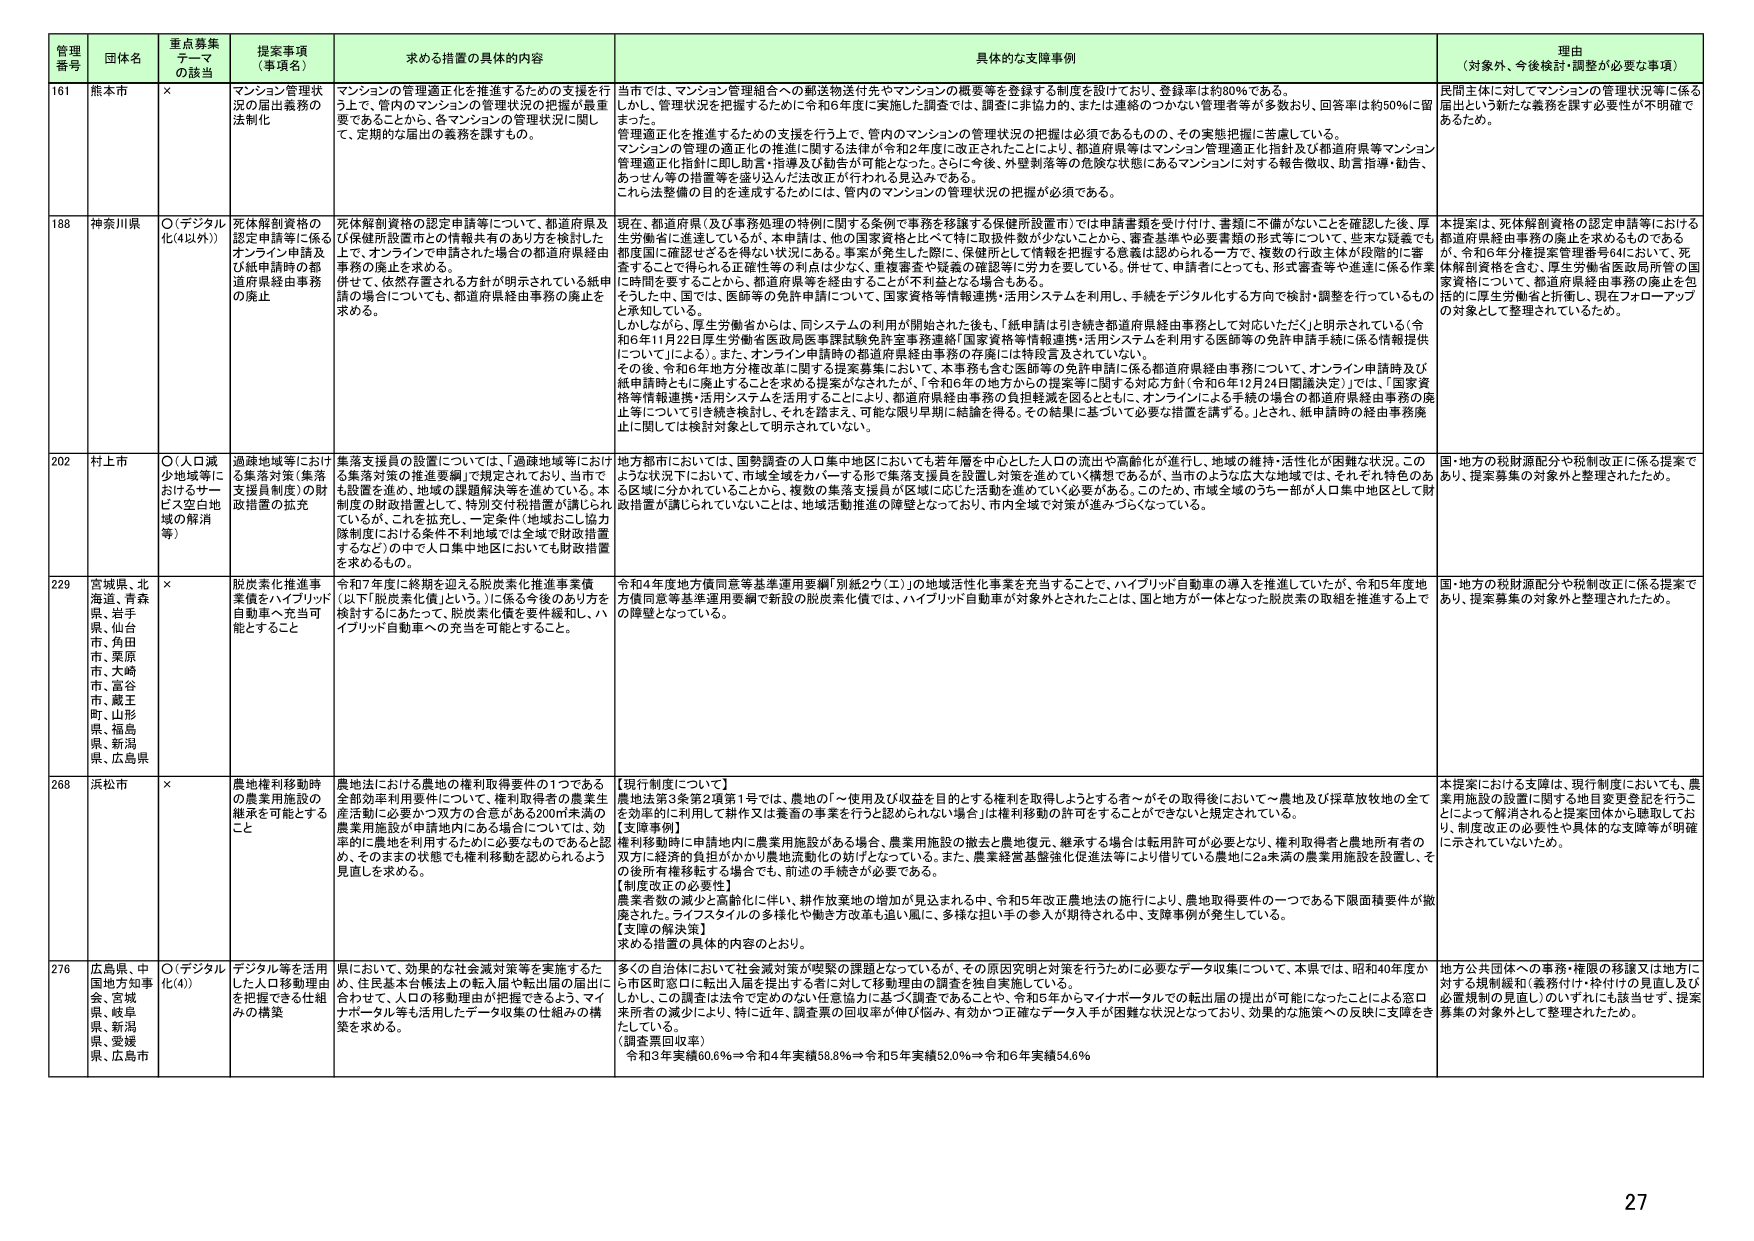
管理番号 団体名 重点募集テーマの該当 提案事項（事項名） 求める措置の具体的内容 具体的な支援事例 理由（対象外、今後検討・調整が必要な事項）

161 熊本市 × マンション管理状況の届出義務の法制化 マンションの管理適正化を推進するための支援を行う上で、管内のマンションの管理状況の把握が重要であることから、各マンションの管理状況に関し、定期的な届出の義務を課すもの。 当市では、マンション管理組合への郵送物送付先やマンションの概要等を登録する制度を設けており、登録率は約80％である。しかし、管理状況を把握するために令和6年度に実施した調査では、調査に非協力的、または連絡のつかない管理者等が多数おり、回答率は約50％に留まった。管理適正化を推進するための支援を行う上で、管内のマンションの管理状況の把握は必須であるものの、その実態把握に苦慮している。マンションの管理の適正化の推進に関する法律が令和2年度に改正されたことにより、都道府県等はマンション管理適正化指針及び都道府県等マンション管理適正化指針に即し助言・指導及び勧告が可能となった。さらに今後、外壁剥落等の危険な状態にあるマンションに対する報告徴収、助言指導・勧告、あっせん等の措置等を盛り込んだ法改正が行われる見込みである。これら法整備の目的を達成するためには、管内のマンションの管理状況の把握が必須である。 民間主体に対してマンションの管理状況等に係る届出という新たな義務を課す必要性が不明確であるため。

188 神奈川県 ○（デジタル化(4以外)） 死体解剖資格の認定申請等に係るオンライン申請及び紙申請時の都道府県経由事務の廃止 死体解剖資格の認定申請等について、都道府県及び保健所設置市との情報共有のあり方を検討した上で、オンラインで申請された場合の都道府県経由事務の廃止を求める。併せて、依然放置される方針が明示されている紙申請の場合についても、都道府県経由事務の廃止を求める。 現在、都道府県（及び事務処理の特例に関する条例で事務を移譲する保健所設置市）では申請書類を受け付け、書類に不備がないことを確認した後、厚生労働省に連達しているが、本申請は、他の国家資格と比べて特に取扱件数が少ないことから、審査基準や必要書類の形式等について、些末な疑義でも都道県に確認せざるを得ない状況にある。事案が発生した際に、保健所として情報を把握する意義は認められる一方で、複数の行政主体が段階的に審査することで得られる正確性等の利点は少なく、書類審査や疑義の確認等に労力を要している。併せて、申請者にとっても、形式審査等や連達に係る作業に時間を要することから、都道府県等を経由することが不利益となる場合もある。そうした中、国では、医師等の免許申請について、国家資格等情報連携・活用システムを利用し、手続きをデジタル化する方向で検討・調整を行っているものと承知している。しかしながら、厚生労働省からは、同システムの利用が開始された後も、「紙申請は引き続き都道府県経由事務として対応いただく」と明示されている（令和6年11月22日厚生労働省医政局医事課試験免許室事務連絡「国家資格等情報連携・活用システムを利用する医師等の免許申請に係る情報提供について」による）。また、オンライン申請時の都道府県経由事務に係る特段言及されていない。その後、令和6年地方分権改革に関する提案募集において、本事務も含む医師等の免許申請に係る都道府県経由事務について、オンライン申請時及び紙申請時ともに廃止することを求める提案がなされたが、「令和6年の地方からの提案等に関する対応方針（令和6年12月24日閣議決定）」では、「国家資格等情報連携・活用システムを活用することにより、都道府県経由事務の負担軽減を図るとともに、オンラインによる手続の導入の都道府県経由事務の廃止等について引き続き検討し、それを踏まえ、可能な限り早期に結論を得る。その結果に基づいて必要な措置を講ずる。」とされ、紙申請時の経由事務廃止に関しては検討対象として明示されていない。 本提案は、死体解剖資格の認定申請等における都道府県経由事務の廃止を求めるものであるが、令和6年分権提案管理番号64において、死体解剖資格を含む、厚生労働省医政局所管の国家資格について、都道府県経由事務の廃止を包括的に厚生労働省と折衝し、現在フォローアップの対象として整理されているため。

202 村上市 ○（人口減少地域等におけるサービス空白地域の解消等） 過疎地域等における集落対策（集落支援員制度）の財政措置の拡充 集落支援員の設置については、「過疎地域等における集落対策の推進要綱」で規定されており、当市でも設置を進め、地域の課題解決等を進めている。本制度の財政措置として、特別交付税措置が講じられているが、これを拡充し、一定条件（地域おこし協力隊制度における条件不利地域では全域で財政措置するなど）の中で人口集中地区においても財政措置を求めるもの。 地方都市においては、国勢調査の人口集中地区においても若年層を中心とした人口の流出や高齢化が進行し、地域の維持・活性化が困難な状況。このような状況下において、市域全域をカバーする形で集落支援員を設置し対策を進めていく構想であるが、当市のような広大な地域では、それぞれ特色のある区域に分かれていることから、複数の集落支援員が地域に応じた活動を進めていく必要がある。このため、市域全域のうち一部が人口集中地区として財政措置が講じられていないことは、地域活動推進の障壁となっており、市内全域で対策が進みづらくなっている。 国・地方の税財源配分や税制改正に係る提案であり、提案募集の対象外と整理されたため。

229 宮城県、北海道、青森県、岩手県、仙台市、角田市、栗原市、大崎市、富谷市、蔵王町、山形県、福島県、新潟県、広島県 × 脱炭素化推進事業備をハイブリッド自動車へ充当可能とすること 令和7年度に終期を迎える脱炭素化推進事業備（以下「脱炭素化備」という。）に係る今後のあり方を検討するにあたって、脱炭素化備を要件緩和し、ハイブリッド自動車への充当を可能とすること。 令和4年度地方債同意等基準運用要綱「別紙2ウ（エ）」の地域活性化事業を充当することで、ハイブリッド自動車の導入を推進していたが、令和5年度地方債同意等基準運用要綱で新設の脱炭素化備では、ハイブリッド自動車が対象外とされたことは、国と地方が一体となった脱炭素の取組を推進する上での障壁となっている。 国・地方の税財源配分や税制改正に係る提案であり、提案募集の対象外と整理されたため。

268 浜松市 × 農地権利移動時の農業用施設の継承を可能とすること 農地法における農地の権利取得要件の1つである全部効率利用要件について、権利取得者の農業生産活動に必要かつ双方の合意がある200㎡未満の農業用施設が申請地内にある場合については、効率的に農地を利用するために必要なものであると認め、そのままの状態でも権利移動を認められるよう見直しを求める。 【現行制度について】農地法第9条第2項第1号では、農地の「～使用及び収益を目的とする権利を取得しようとする者～がその取得後において～農地及び採草放牧地の全てを効率的に利用して耕作又は養畜の事業を行うと認められない場合」は権利移動の許可をすることができないと規定されている。【支援事例】権利移動時に申請地内に農業用施設がある場合、農業用施設の撤去と農地復元、継承する場合は転用許可が必要となり、権利取得者と農地所有者の双方に経済的負担がかかり農地流動化の妨げとなっている。また、農業経営基盤強化促進法等により借りている農地に2a未満の農業用施設を設置し、その後所有権移転する場合でも、前述の手続きが必要である。【制度改正の必要性】農業者数の減少と高齢化に伴い、耕作放棄地の増加が見込まれる中、令和5年改正農地法の施行により、農地取得要件の一つである下限面積要件が撤廃された。ライフスタイルの多様化や働き方改革も進む風に、多様な担い手の参入が期待される中、支援事例が発生している。【支援の解決策】求める措置の具体的内容のとおり。 本提案における支援は、現行制度においても、農業用施設の設置に関する地目変更登記を行うことによって解消されると提案団体から聴取しており、制度改正の必要性や具体的な支障等が明確に示されていないため。

276 広島県、中国地方知事会、宮城県、岐阜県、新潟県、愛媛県、広島市 ○（デジタル化(4)） デジタル等を活用した人口移動理由を把握できる仕組みの構築 県において、効果的な社会減対策等を実施するため、住民基本台帳法上の転入届や転出届の届出に合わせて、人口の移動理由が把握できるよう、マイナポータル等も活用したデータ収集の仕組みの構築を求める。 多くの自治体において社会減対策が喫緊の課題となっているが、その原因究明と対策を行うために必要なデータ収集について、本県では、昭和40年度から市区町役に転出入届を提出する者に対して移動理由の調査を独自実施している。しかし、この調査は法令で定めのない任意協力に基づく調査であることが、令和5年からマイナポータルでの転出届の提出が可能になったことによる窓口来所者の減少により、特に近年、調査票の回収率が伸び悩み、有効かつ正確なデータ入手が困難な状況となっており、効果的な施策への反映に支障をきたしている。（調査票回収率）令和3年実績60.6％⇒令和4年実績58.8％⇒令和5年実績52.0％⇒令和6年実績54.6％ 地方公共団体への事務・権限の移譲又は地方に対する規制緩和（義務付け・枠付けの見直し及び配置規制の見直し）のいずれにも該当せず、提案募集の対象外として整理されたため。

27